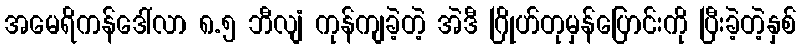
အမေရိကန်ဒေါ်လာ ၈.၅ ဘီလျံ ကုန်ကျခဲ့တဲ့ အဲဒီ ဂြိုဟ်တုမှန်ပြောင်းကို ပြီးခဲ့တဲ့နှစ်